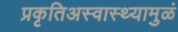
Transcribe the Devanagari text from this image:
प्रकृतिअस्वास्थ्यामुळं